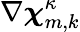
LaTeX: \nabla{\boldsymbol{\chi}}_{m,k}^{\kappa}